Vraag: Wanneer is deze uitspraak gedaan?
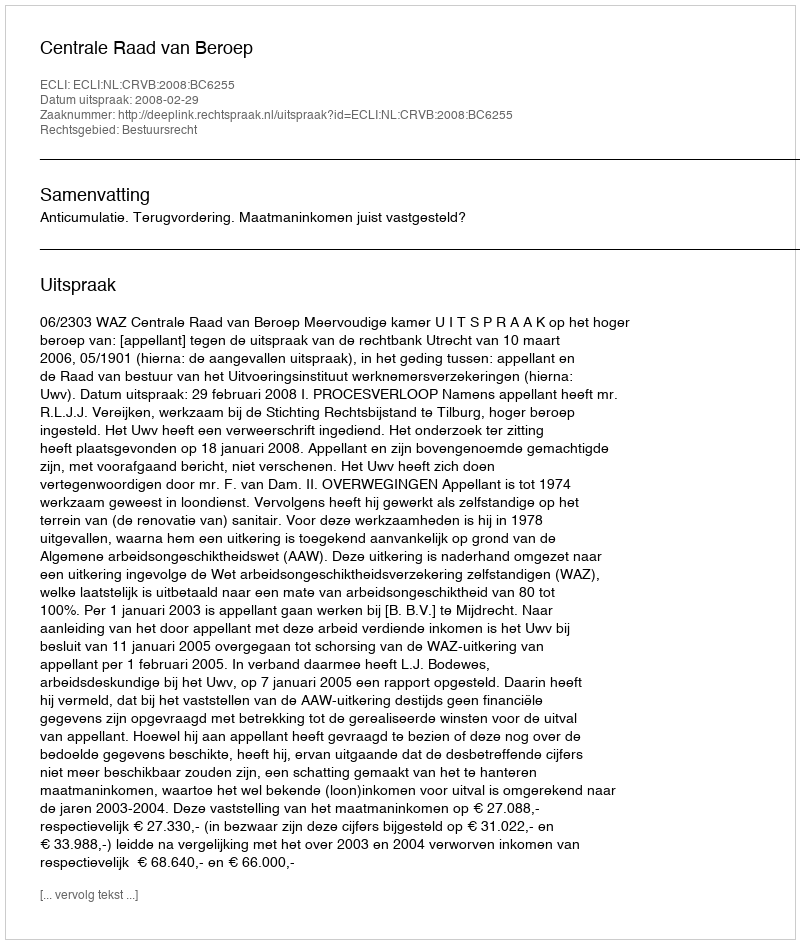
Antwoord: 2008-02-29